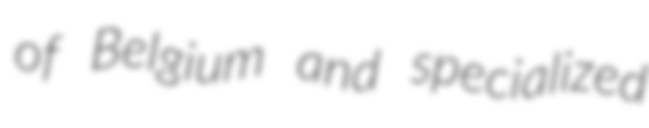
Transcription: of Belgium and specialized